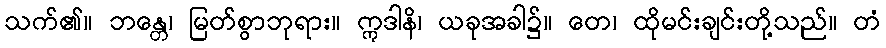
သက်၏။ ဘန္တေ၊ မြတ်စွာဘုရား။ ဣဒါနိ၊ ယခုအခါ၌။ တေ၊ ထိုမင်းချင်းတို့သည်။ တံ